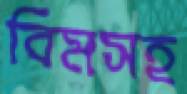
বিমসহ